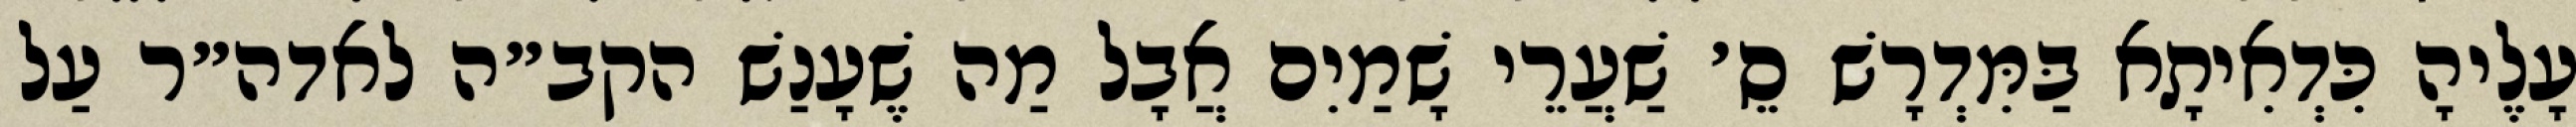
עָלֶיהָ כִּדְאִיתָא בַּמִּדְרָשׁ סֵ׳ שַׁעֲרֵי שָׁמַיִם אֲבָל מַה שֶׁעָנַשׁ הקב״ה לאדה״ר עַל